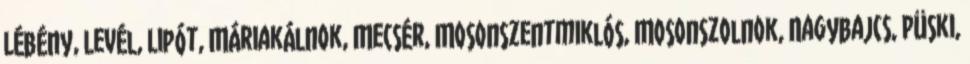
Lébény, Levél, Lipót, Máriakálnok, Mecsér, Mosonszentmiklós, Mosonszolnok, Nagybajcs, Püski,